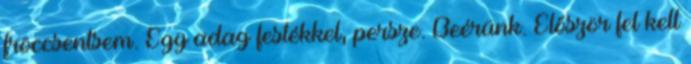
fröccsentsem. Egy adag festékkel, persze. Beérünk. Először fel kell